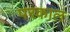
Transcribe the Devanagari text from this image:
परकाल